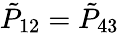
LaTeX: {\tilde{P}}_{12}={\tilde{P}}_{43}